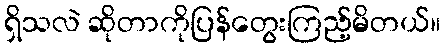
ရှိသလဲ ဆိုတာကိုပြန်တွေးကြည့်မိတယ်။